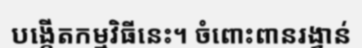
បង្កើតកម្មវិធីនេះ។ ចំពោះពានរង្វាន់